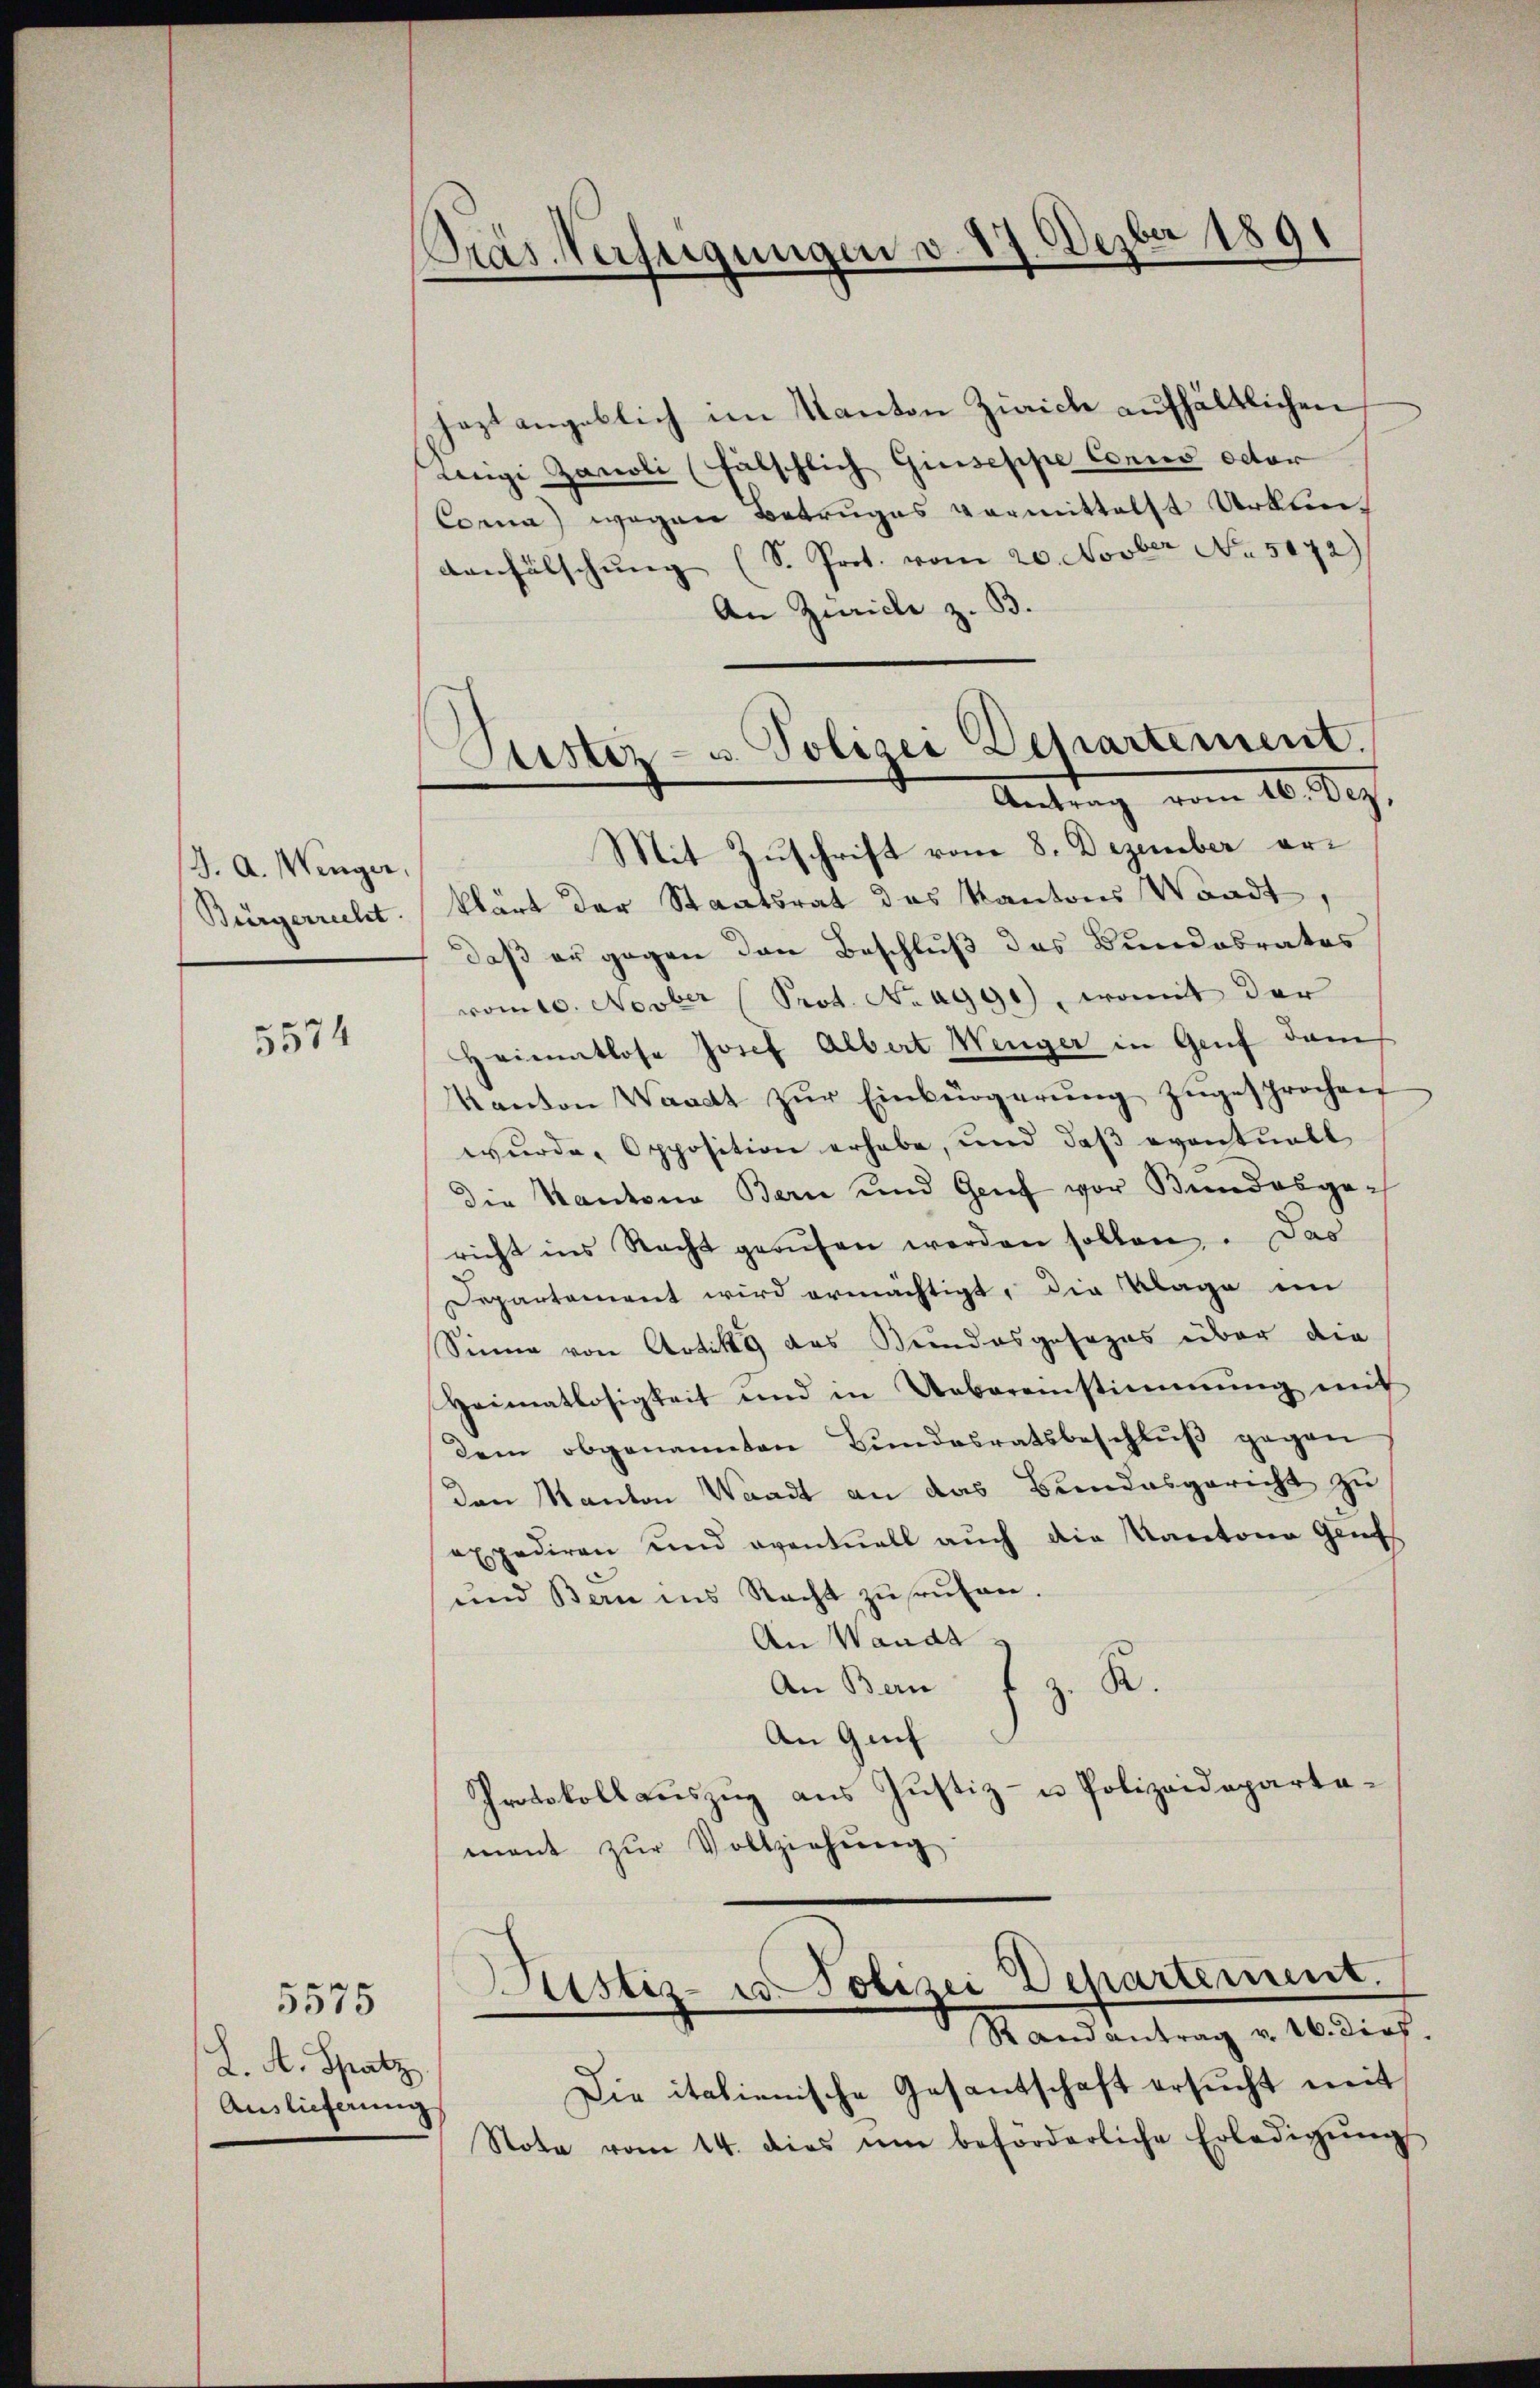
J. A. Wenger,
Bürgerrecht

5574

5575

L. A. Spatz
Auslieferung

Präs. Verfügungen v. 17. Dezbr 1891

Siestez- u. Polizei Departement.
Antrag vom 10. 89.

haztangeblich im Kanton Zürich aufhältlichen
wigi Zanoli (fülschlich Giuseppe Conno octor
Coma) wegen Betruges vermittelst Urkun¬
Aanfälschung (S. Prot. vom 20. Novber No. 5172)
An Zürich z. B.
Mit Zuschrift vom 8. Dezember erklärt der Staatsrat des Kantons Waadt,
daß er gegen den Beschluß des Bundabrates
vom 10. Novber (Prot. No 1990), womit der
Heimatlose Josef Albert Weiger in Genf dam
Kanton Waadt zŭr Einbürgerŭng zugesprochen
wurde, Opposition erhabe, und daß eventuell
die Kantone Bern und Genf vor Bundesgericht ins Nacht gerufen werden sollen. Das
Departement wird ermächtigt, die Klage im
Sinne von Artike das Bundesgesezes über die
Heimatlosigkeit und in Uebereinstimmung mit
dem obgenannten Bŭndesratsbeschlŭβ gegen
den Kanton Waadt an das Bundesgericht zu
expediren und eventuell auch die Kantone Genf
und Bern ins Recht zŭsrŭfen.
An Wande
R.
An Bern
An Genf
Protokollauszug aus Justiz- u Polizeidepartemant zŭr Vollziehŭng
Justiz- u. Polizei Departement.
Randantrag v. 16. dies
Die italienische Gesantschaft ersucht mit
Stota vom 14. dies um beförderliche Erledigŭng